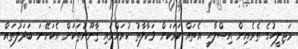
މަޖިލީހުގެ ތެރެއިން އިޞްލާޙީ އެތައް ކަމަކަށް ވަކާލާތު ކުރައްވައި ޤާނޫނުތަކަށް އެކަށޭނަ ބަދަލުތައް